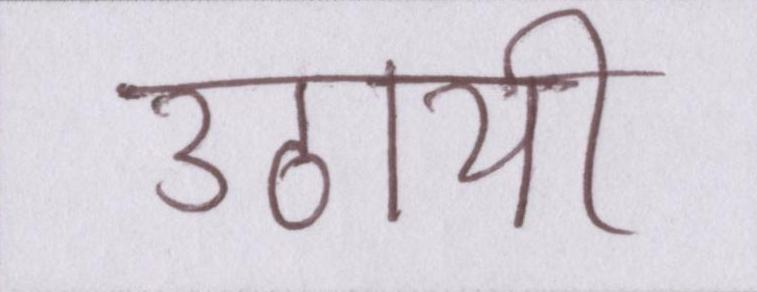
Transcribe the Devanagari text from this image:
उठायी